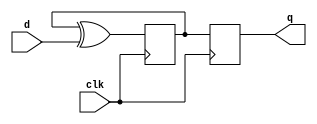
module async_tff(input d, input clk, output reg q);

reg d_ff1, d_ff2;

always @(posedge clk)
begin
    d_ff1 <= d_ff1 ^ d;
    d_ff2 <= d_ff1;
end

assign q = d_ff2;

endmodule